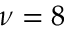
\nu = 8